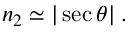
\begin{array} { r } { n _ { 2 } \simeq | \sec \theta | \; . } \end{array}